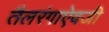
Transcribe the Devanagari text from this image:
तैलरंगाऐवजी